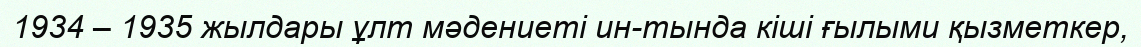
1934 – 1935 жылдары ұлт мәдениеті ин-тында кіші ғылыми қызметкер,